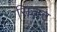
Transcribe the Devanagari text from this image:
सिलट